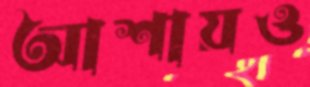
আশায়ও